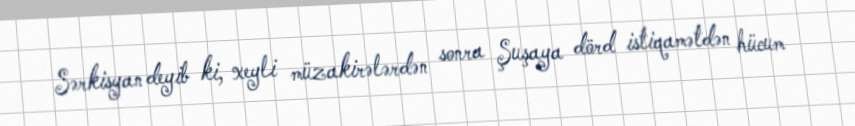
Sərkisyan deyib ki, xeyli müzakirələrdən sonra Şuşaya dörd istiqamətdən hücum